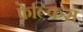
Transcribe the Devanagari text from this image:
फेल्किस